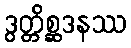
ဒွတ္တိစ္ဆဒနဿ